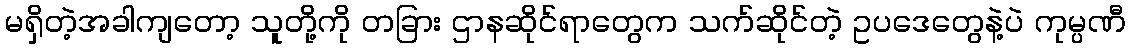
မရှိတဲ့အခါကျတော့ သူတို့ကို တခြား ဌာနဆိုင်ရာတွေက သက်ဆိုင်တဲ့ ဥပဒေတွေနဲ့ပဲ ကုမ္ပဏီ